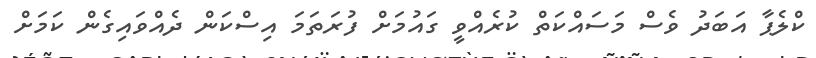
ކްލެޕާ އަބަދު ވެސް މަސައްކަތް ކުރެއްވީ ގައުމަށް ފުރަތަމަ އިސްކަން ދެއްވައިގެން ކަމަށް